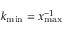
k _ { \mathrm { m i n } } = x _ { \mathrm { m a x } } ^ { - 1 }